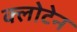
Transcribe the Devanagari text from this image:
क्लोटेन